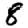
Digit: 8